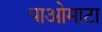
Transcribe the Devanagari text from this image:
पाओमाटा